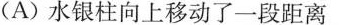
(A)水银柱向上移动了一段距离